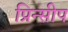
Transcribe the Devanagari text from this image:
प्रिन्सीप